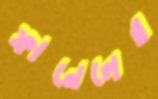
ফানেলের